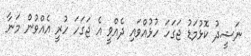
ނަޝީދު ކޮޅުމަޑު ޖަގަހަ ހުޅުއްވައި ދެއްވީ އެ ޖަގަހަ ހުރީ އެއްވުން މަނާ